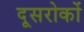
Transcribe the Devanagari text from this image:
दूसरोकों